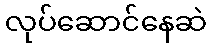
လုပ်ဆောင်နေဆဲ